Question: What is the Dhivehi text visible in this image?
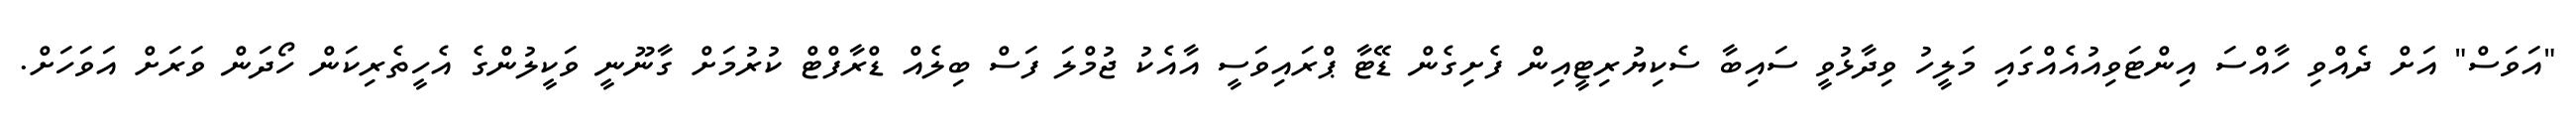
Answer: "އަވަސް" އަށް ދެއްވި ހާއްސަ އިންޓަވިއުއެއްގައި މަލީހު ވިދާޅުވީ ސައިބާ ސެކިޔުރިޓީއިން ފެށިގެން ޑޭޓާ ޕްރައިވަސީ އާއެކު ޖުމްލަ ފަސް ބިލެއް ޑްރާފްޓް ކުރުމަށް ގާނޫނީ ވަކީލުންގެ އެހީތެރިކަން ހޯދަން ވަރަށް އަވަހަށް.